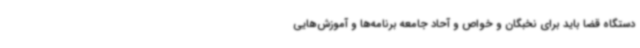
دستگاه قضا باید برای نخبگان و خواص و آحاد جامعه برنامه‌ها و آموزش‌هایی